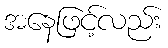
အနေဖြင့်လည်း